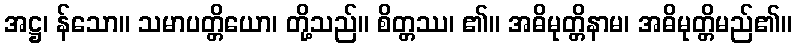
အဋ္ဌ၊ န်သော။ သမာပတ္တိယော၊ တို့သည်။ စိတ္တဿ၊ ၏။ အဓိမုတ္တိနာမ၊ အဓိမုတ္တိမည်၏။